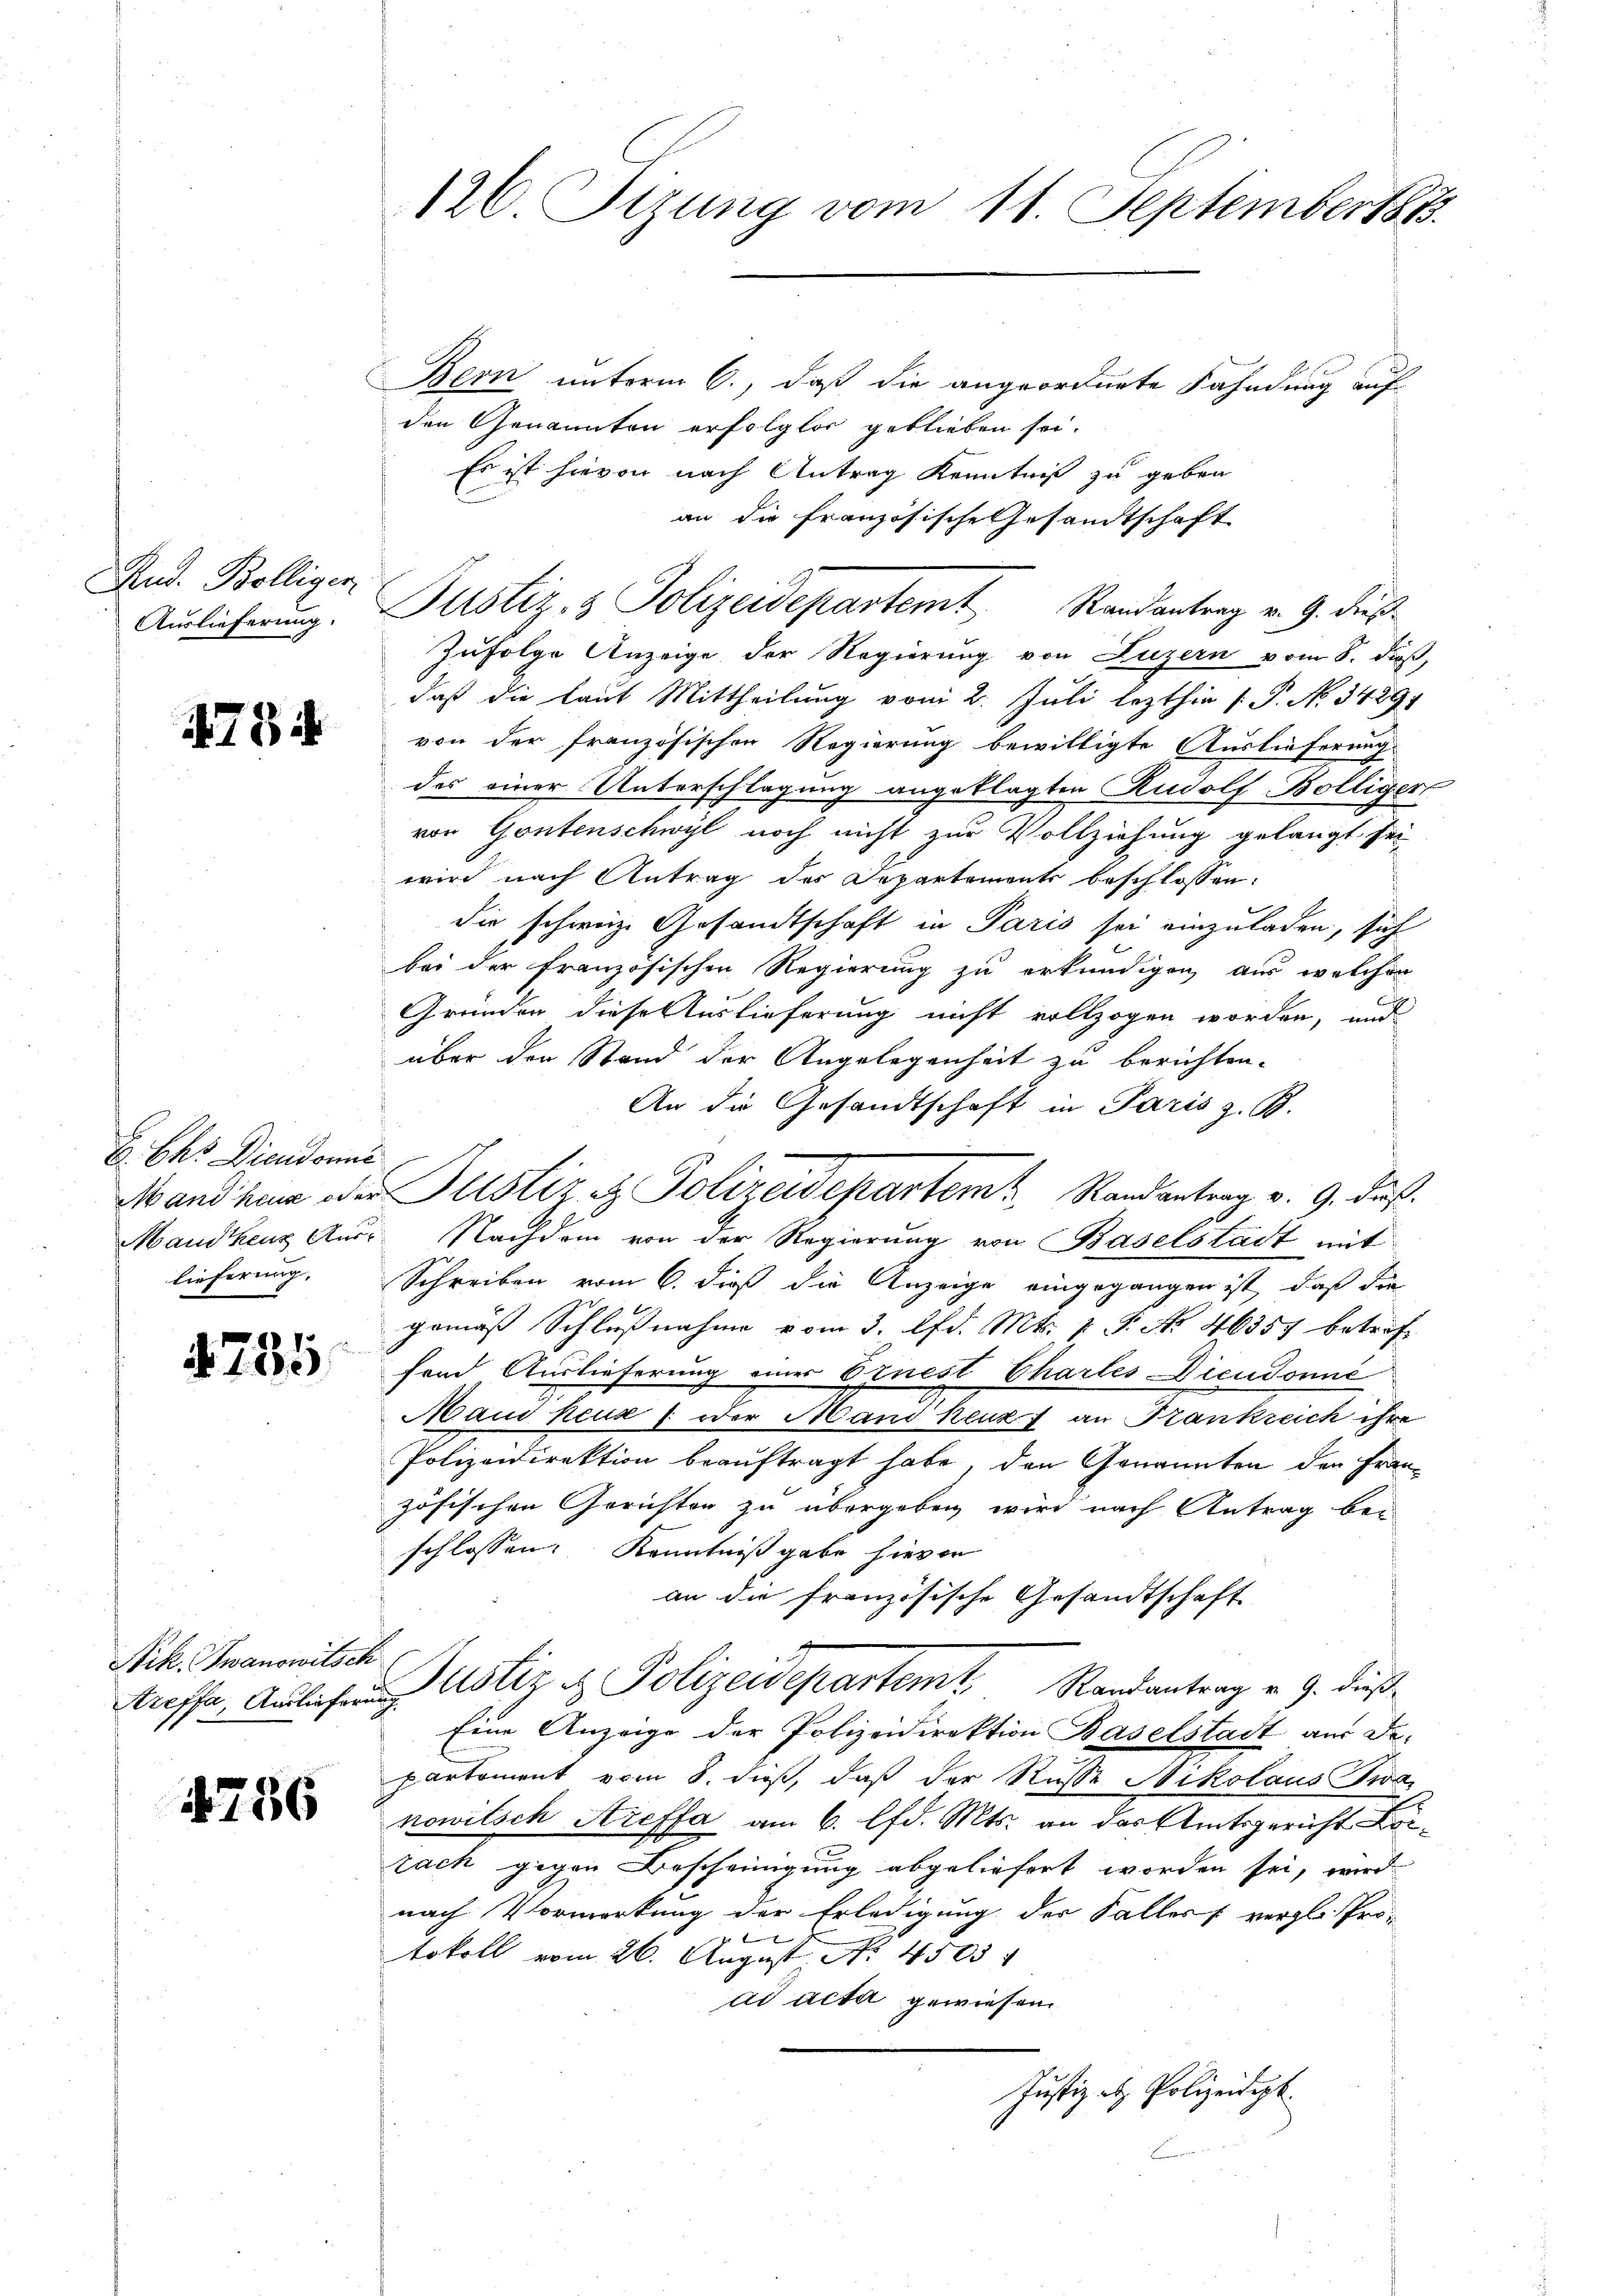
Rud. Bölliger
Auslieferung.

473 f

E. Chr. Diendonne
lieferung,

f
N. 135

Nik. Iwanowitsch
Areffa, Ausliefer

756

126. Fizung vom 11. September 1883.

Bern unterm 6., daß die angeordnete Fahndung auf
den Genannten erfolglos geblieben sei.
Es ist hievon nach Antrag Kenntniß zu geben
an die französische Gesandtschaft
Zufolge Anzeige der Regierung von Luzern vom 8. dieß,
daß die laut Mittheilung vom 2. Juli lezthin [P. No 3489
von der französischen Regierung bewilligte Auslieferung.
des einer Unterschlagung angeklagten Rudolf Bölliger,
von Gontenschwyl noch nicht zur Vollziehung gelangt sei
wird nach Antrag des Departements beschlossen:
die schweiz. Gesandtschaft in Paris sei einzuladen, sich
bei der französischen Regierung zu erkundigen aus welchen
Gründen diese Auslieferung nicht vollzogen worden, und
über den Stand der Angelegenheit zu berichten.
An die Gesandtschaft in Paris z. B.
Mandhaus oder Justiz & Polizeidepartem Randantrag v. 9. daß
Mauthens Aus Nachdem von der Regierung von Baselstadt mit
Schreiben vom 6. dieß die Anzeige eingegangen ist, daß die
gemäβ Schlußnahme vom 3. d. Mts. v. P. Nr. 46357 betreff
fend Auslieferung einer Ernest Chartes Dicudonné
Maud heux ; oder Mand heuz, an Frankreich ihre
Polizeidirektion beauftragt habe, den Genannten den Französischen Gerichten zu übergeben wird nach Antrag bei
schlossen. Kenntniß gabe hievon
an die französische Gesandtschaft
Justiz & Polizeidepartemt Randantrag u. 9. diese
Eine Anzeige der Polizeidirektion Baselstadt aus De-
partement vom 8. dieß, daß der Russe Nikolaus Zwa
nowitsch Areffa am 6. lfd. Mts. an das Amtsgericht
zach gegen Bescheinigung abgeliefert worden sei, wird
nach Vormerkung der Erledigung der Faller vergl. Pro¬
 f
tokoll vom 26. August No. 4505
ad acta gewiesen
Justiz - Polizeidigt.

Justiz- & Polizeidepartemt Randantrag v. 9. dieß